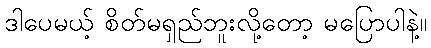
ဒါပေမယ့် စိတ်မရှည်ဘူးလို့တော့ မပြောပါနဲ့။